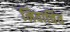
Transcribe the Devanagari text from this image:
निवार्चित